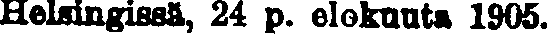
Helsingissä, 24 p. elokuuta 1905.